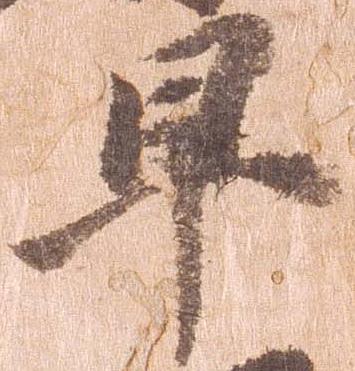
早